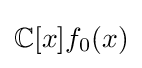
\mathbb {C} [x]f_{0}(x)